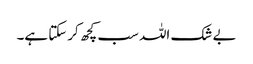
بے شک اللہ سب کچھ کرسکتا ہے۔